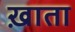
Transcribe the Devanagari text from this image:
ख़ाता